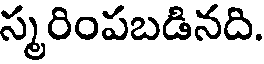
స్మరింపబడినది.